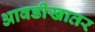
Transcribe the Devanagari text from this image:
आवडीखातर